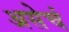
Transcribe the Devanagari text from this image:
असेचं